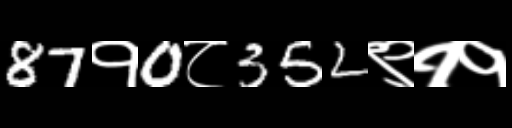
Text: 87१0८352९११